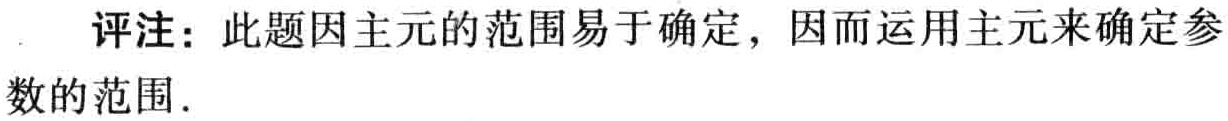
评注：此题因主元的范围易于确定，因而运用主元来确定参数的范围.